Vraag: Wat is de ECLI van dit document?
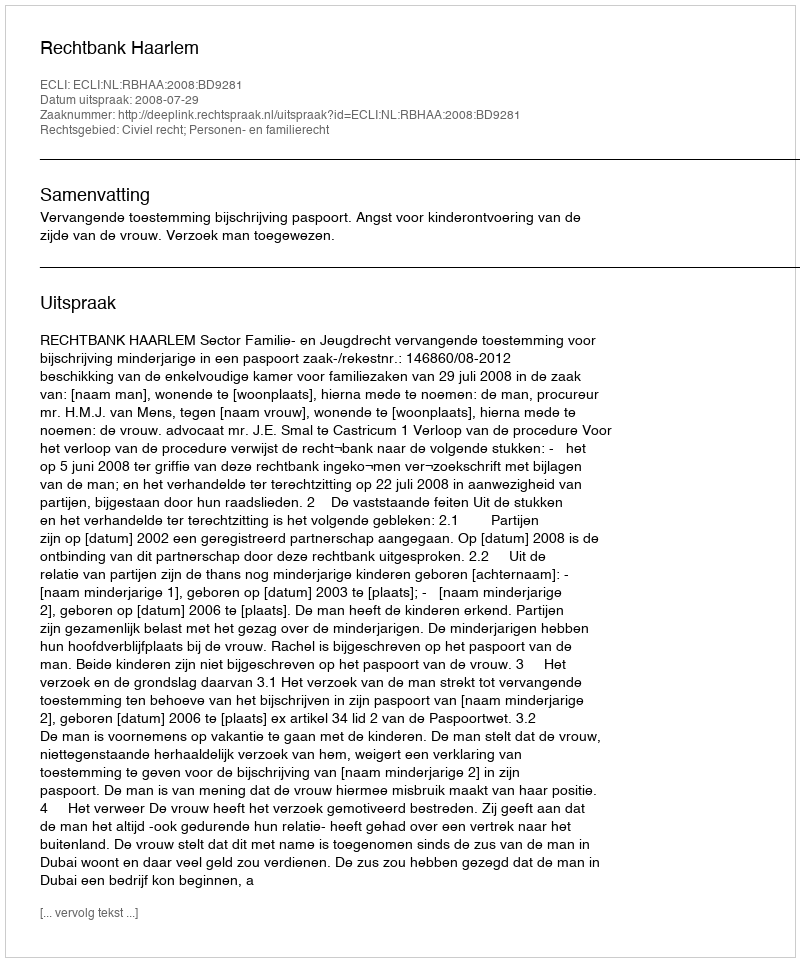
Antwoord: ECLI:NL:RBHAA:2008:BD9281